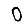
Digit: 0